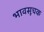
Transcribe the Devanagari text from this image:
भावसूचक